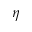
\eta